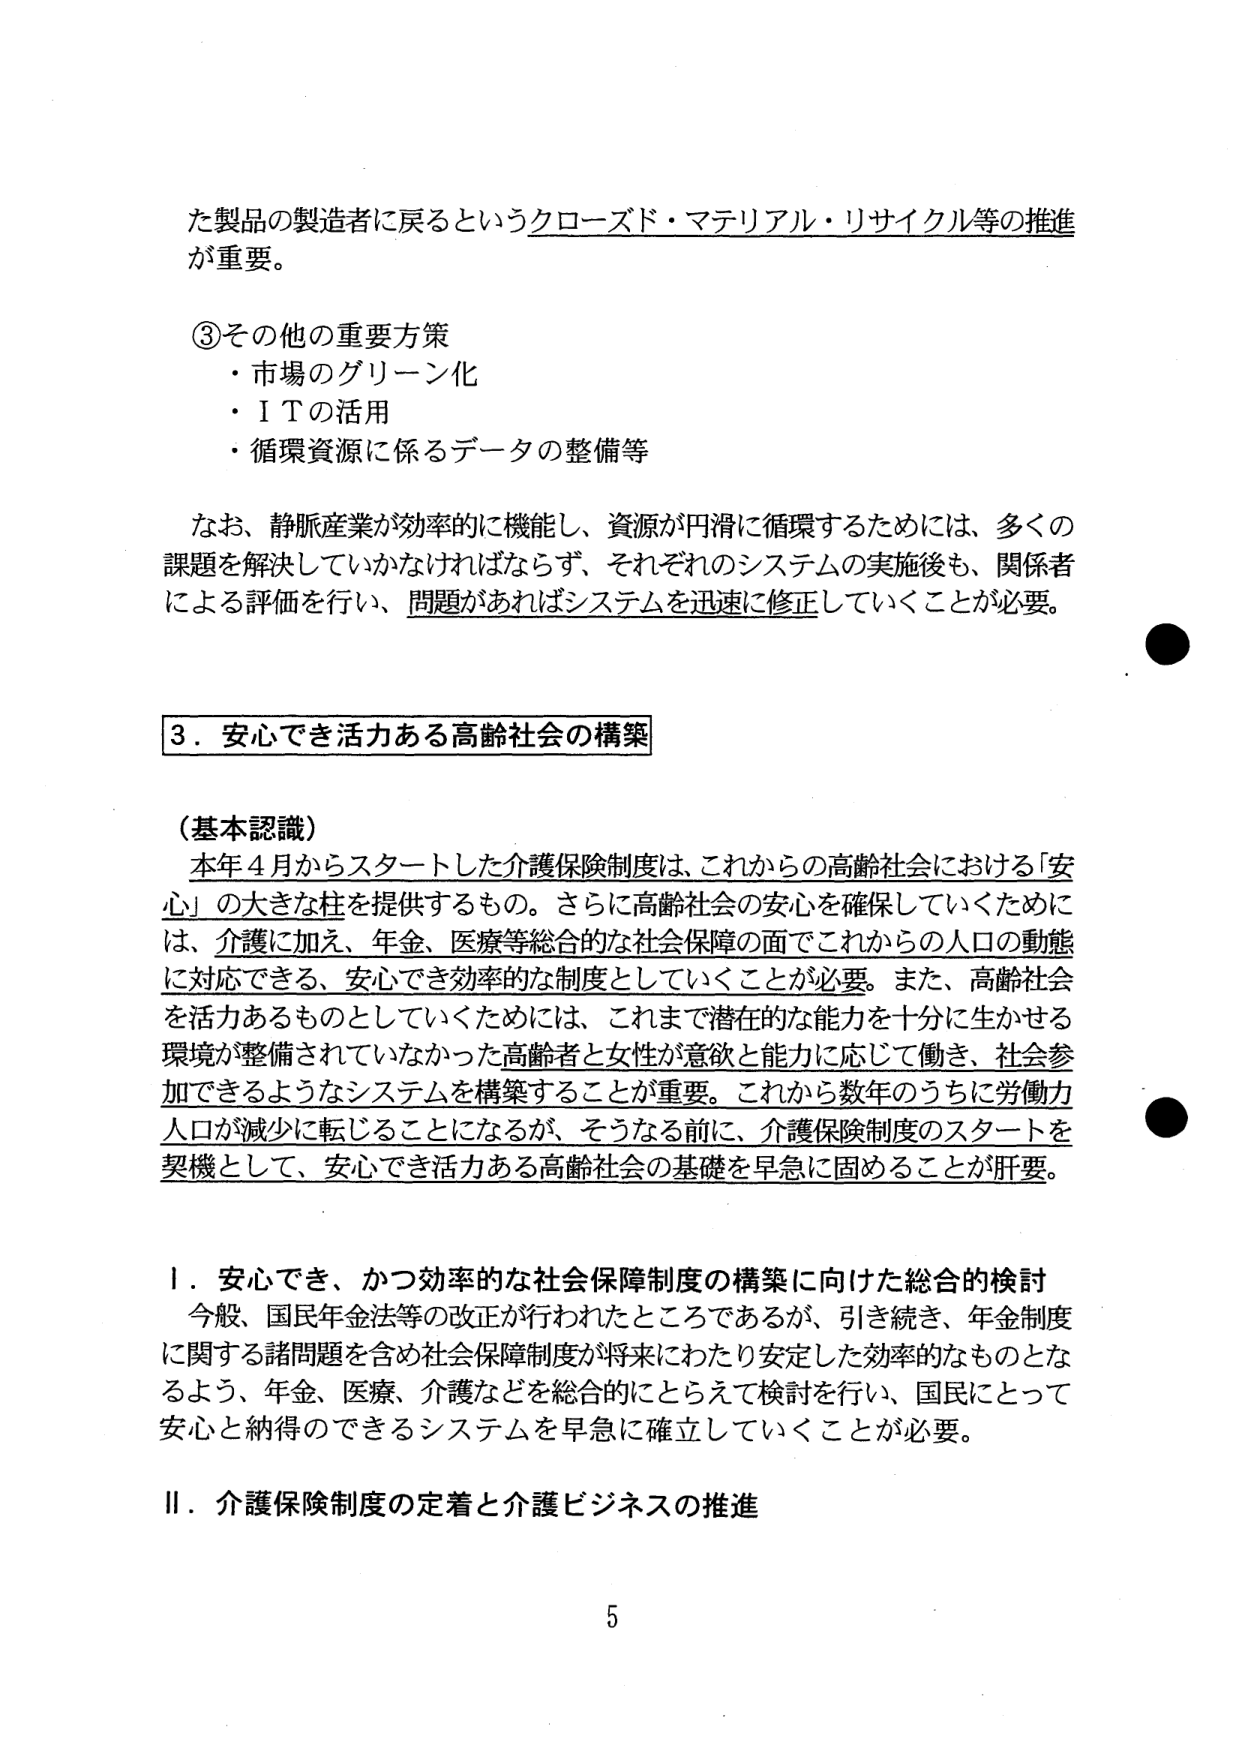
た製品の製造者に戻るというクローズド・マテリアル・リサイクル等の推進が重要。

③その他の重要方策
・市場のグリーン化
・ＩＴの活用
・循環資源に係るデータの整備等

なお、静脈産業が効率的に機能し、資源が円滑に循環するためには、多くの課題を解決していかなければならず、それぞれのシステムの実施後も、関係者による評価を行い、問題があればシステムを迅速に修正していくことが必要。

3．安心でき活力ある高齢社会の構築

（基本認識）
本年4月からスタートした介護保険制度は、これからの高齢社会における「安心」の大きな柱を提供するもの。さらに高齢社会の安心を確保していくためには、介護に加え、年金、医療等総合的な社会保障の面でこれからの人口の動態に対応できる、安心でき効率的な制度としていくことが必要。また、高齢社会を活力あるものとしていくためには、これまで潜在的な能力を十分に生かせる環境が整備されていなかった高齢者と女性が意欲と能力に応じて働き、社会参加できるようなシステムを構築することが重要。これから数年のうちに労働力人口が減少に転じることになるが、そうなる前に、介護保険制度のスタートを契機として、安心でき活力ある高齢社会の基礎を早急に固めることが肝要。

Ⅰ．安心でき、かつ効率的な社会保障制度の構築に向けた総合的検討
今般、国民年金法等の改正が行われたところであるが、引き続き、年金制度に関する諸問題を含め社会保障制度が将来にわたり安定した効率的なものとなるよう、年金、医療、介護などを総合的にとらえて検討を行い、国民にとって安心と納得のできるシステムを早急に確立していくことが必要。

Ⅱ．介護保険制度の定着と介護ビジネスの推進

5